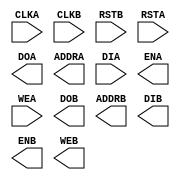
module RAMB4_S4_S4 (CLKA, CLKB, RSTB, RSTA, DOA, ADDRA, DIA, ENA, WEA, DOB, ADDRB, DIB, ENB, WEB);
  input CLKA;
  input CLKB;
  input RSTB;
  input RSTA;
  output DOA;
  output ADDRA;
  input DIA;
  output ENA;
  input WEA;
  output DOB;
  output ADDRB;
  output DIB;
  output ENB;
  output WEB;
endmodule